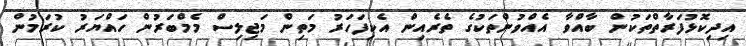
އިދިކޮޅުފަރާތްތަކުން ބާއްވާ އެއްވުންތަކުގެ ތެރެއިން އެކިފަހަރު މަތިން މަޖިލިސް މެމްބަރުން ހައްޔަރު ކުރަމުން